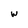
Character: w